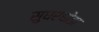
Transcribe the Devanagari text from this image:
सुघरघोडा